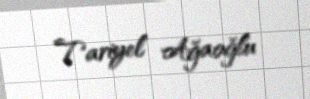
Tariyel Ağaoğlu